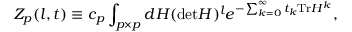
Z _ { p } ( l , t ) \equiv c _ { p } \int _ { p \times p } d H ( \mathrm { d e t } H ) ^ { l } e ^ { - \sum _ { k = 0 } ^ { \infty } t _ { k } \mathrm { T r } H ^ { k } } ,